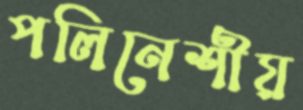
পলিনেশীয়